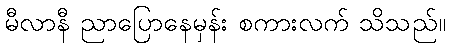
မီလာနီ ညာပြောနေမှန်း စကားလက် သိသည်။